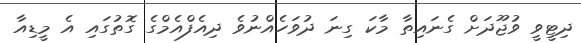
ދިޓީވީ ވުޖޫދަށް ގެނައިތާ މާކަ ގިނަ ދުވަހެއްނުވެ ދިއެފްއެމްގެ ގޮތުގައި އެ މީޑިއާ